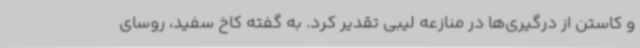
و کاستن از درگیری‌ها در منازعه لیبی تقدیر کرد. به گفته کاخ سفید، روسای